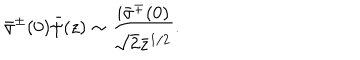
LaTeX: \bar { \sigma } ^ { \pm } ( 0 ) \bar { \psi } ( z ) \sim \frac { i \bar { \sigma } ^ { \mp } ( 0 ) } { \sqrt { 2 } \bar { z } ^ { 1 / 2 } } .